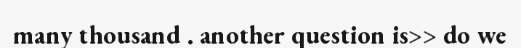
many thousand . another question is>> do we